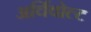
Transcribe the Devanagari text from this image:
अर्चिवोल्ट